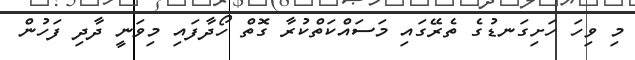
މި ވިހަ ހަށިގަނޑުގެ ތެރޭގައި މަސައްކަތްކުރާ ގޮތް ހޯދާފައި މިވަނީ ދާދި ފަހުން